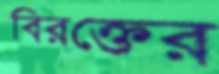
বিরক্তের